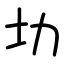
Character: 㘦